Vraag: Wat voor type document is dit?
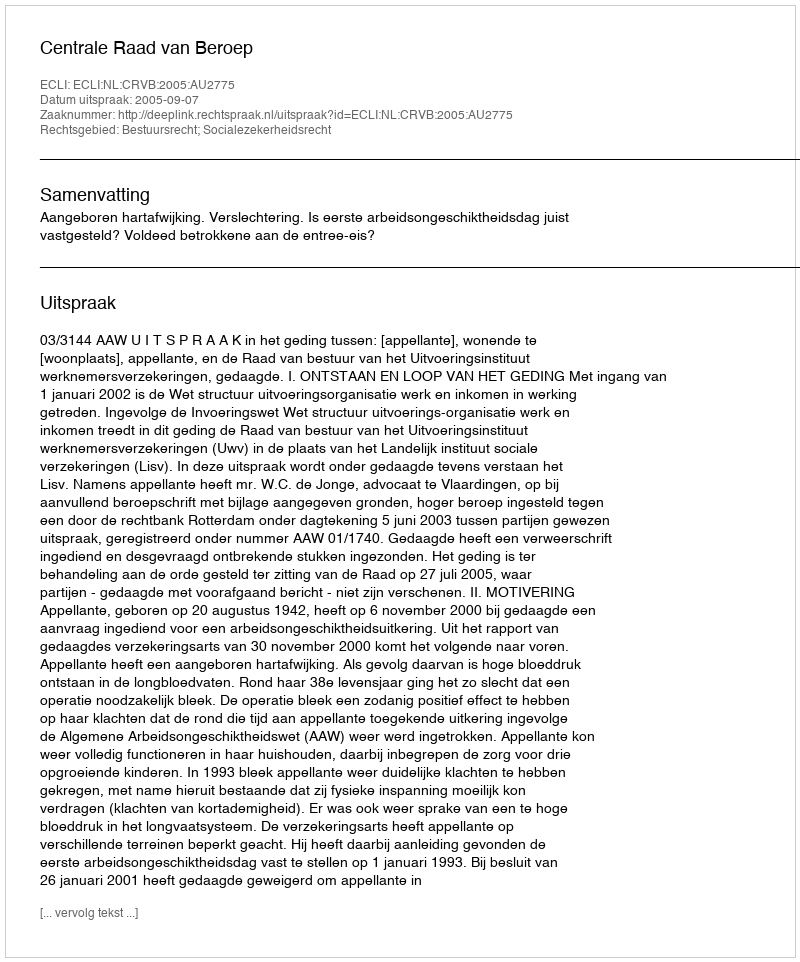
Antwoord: Uitspraak